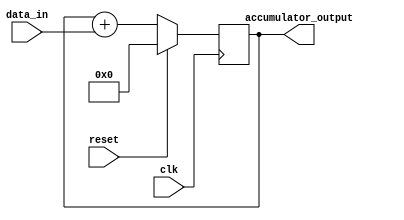
module simple_accumulator (
    input wire clk,
    input wire reset,
    input wire [7:0] data_in,
    output reg [31:0] accumulator_output
);

// Internal register to store the accumulated value
reg [31:0] accumulator;

always @(posedge clk) begin
    if (reset) begin
        accumulator <= 32'b0;
    end else begin
        accumulator <= accumulator + data_in;
    end
end

assign accumulator_output = accumulator;

endmodule